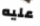
عليه